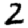
Digit: 2